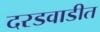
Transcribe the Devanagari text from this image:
दरडवाडीत